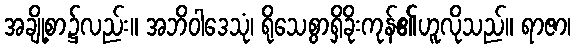
အချို့စာ၌လည်း။ အဘိဝါဒေသုံ၊ ရိုသေစွာရှိခိုးကုန်၏ဟူလိုသည်။ ရာဇာ၊